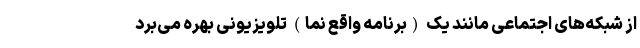
از شبکه‌های اجتماعی مانند یک (برنامه واقع نما) تلویزیونی بهره می‌برد